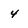
Character: 4